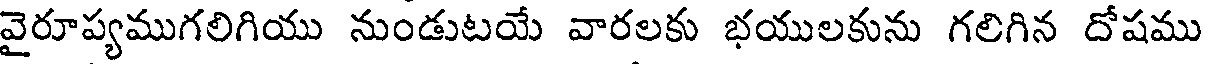
వైరూప్యముగలిగియు నుండుటయే వారలకు భయులకును గలిగిన దోషము